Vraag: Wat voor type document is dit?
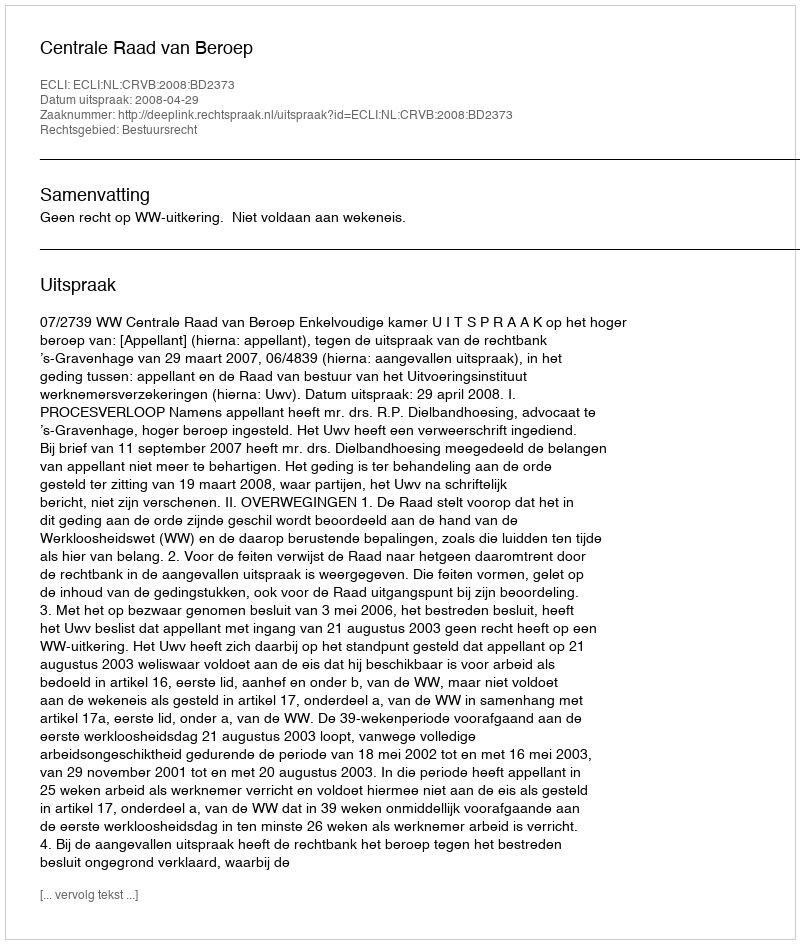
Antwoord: Uitspraak